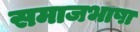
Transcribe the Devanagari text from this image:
समाजभाषा